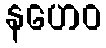
နဟေဝ